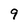
Character: 9